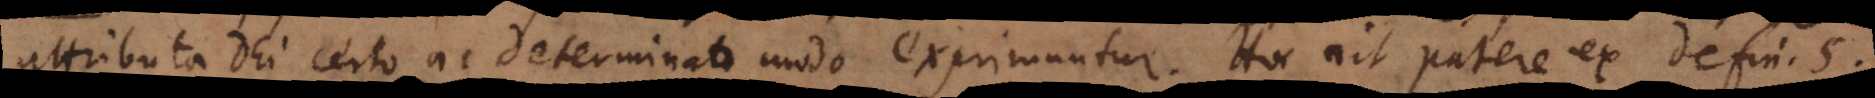
attributa Dei certo ac determinato modo exprimuntur. Hoc ait patere ex defin. 5.